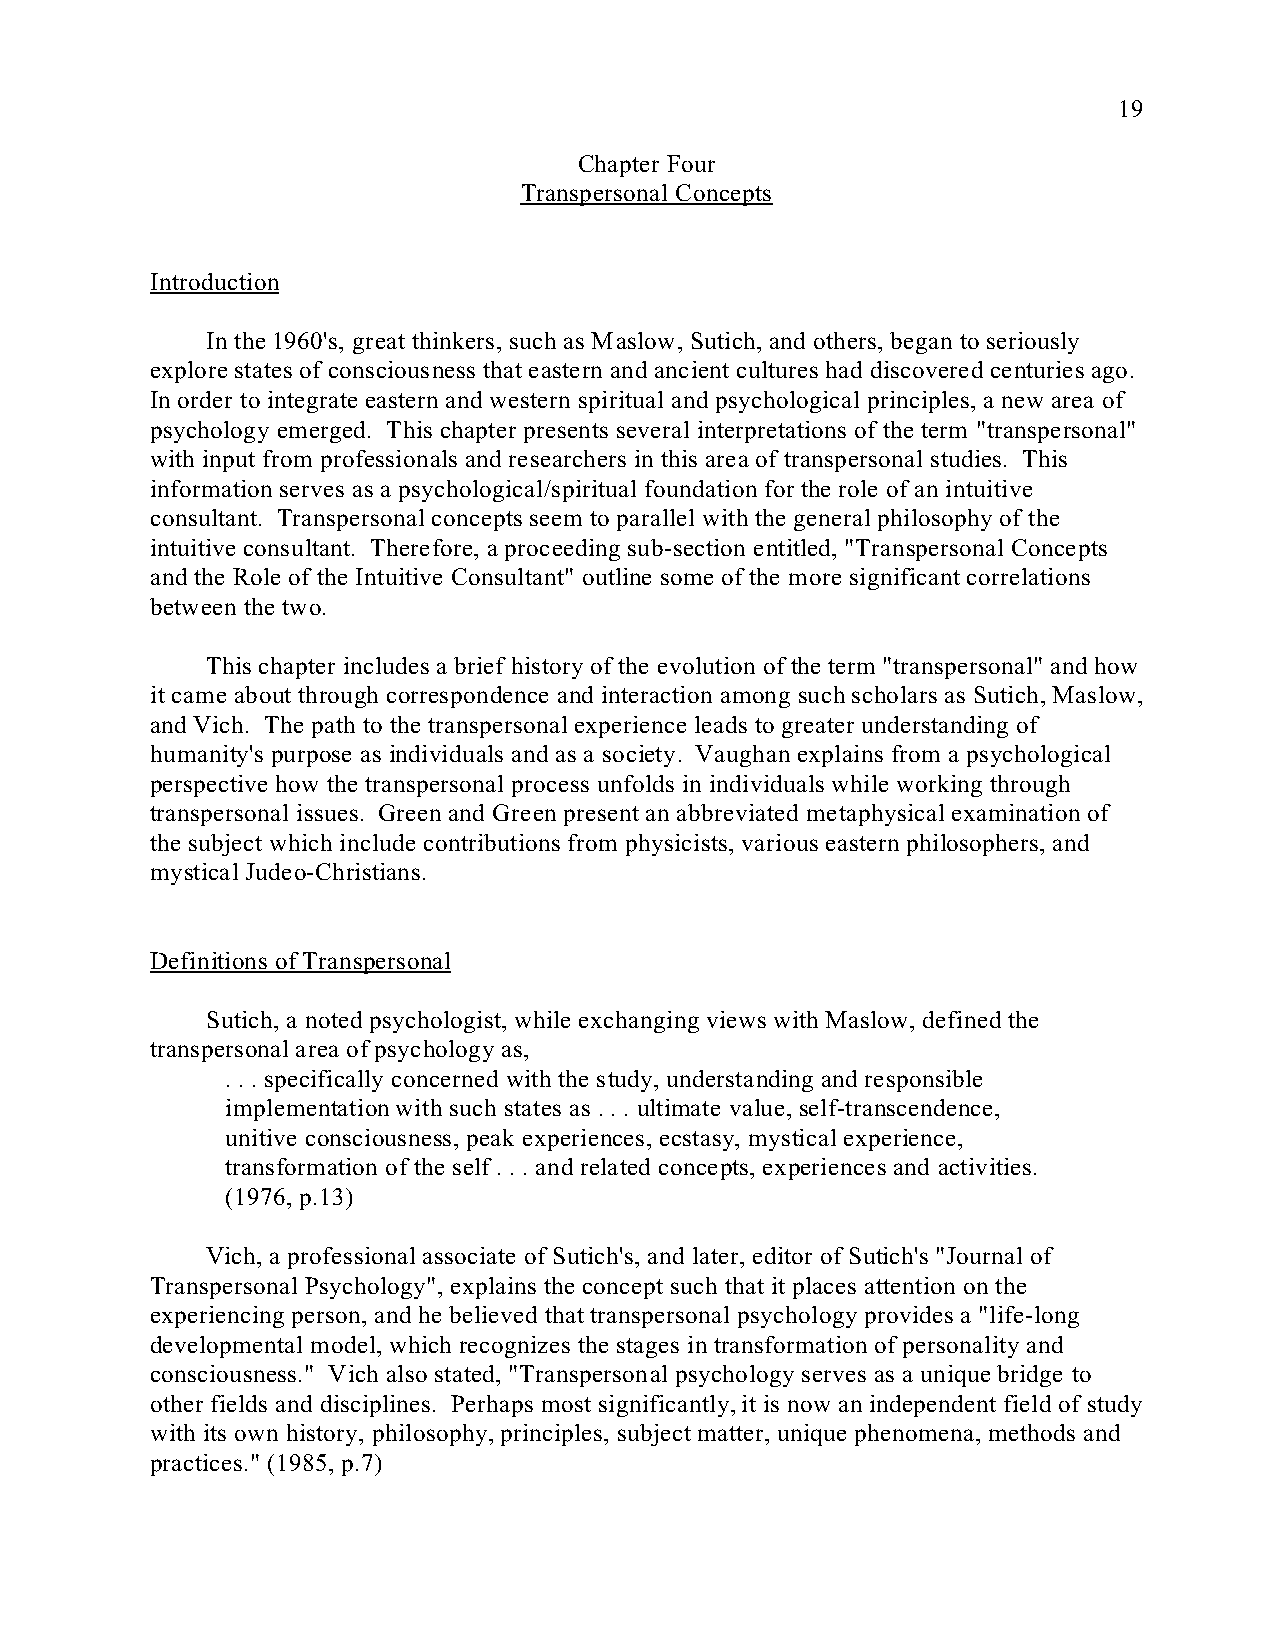
19
 Chapter Four
 Transpersonal Concepts
 Introduction
 In the 1960's, great thinkers, such as Maslow, Sutich, and others, began to seriously
 explore states of consciousness that eastern and ancient cultures had discovered centuries ago.
 In order to integrate eastern and western spiritual and psychological principles, a new area of
 psychology emerged. This chapter presents several interpretations of the term "transpersonal"
 with input from professionals and researchers in this area of transpersonal studies. This
 information serves as a psychological/spiritual foundation for the role of an intuitive
 consultant. Transpersonal concepts seem to parallel with the general philosophy of the
 intuitive consultant. Therefore, a proceeding sub-section entitled, "Transpersonal Concepts
 and the Role of the Intuitive Consultant" outline some of the more significant correlations
 between the two.
 This chapter includes a brief history of the evolution of the term "transpersonal" and how
 it came about through correspondence and interaction among such scholars as Sutich, Maslow,
 and Vich. The path to the transpersonal experience leads to greater understanding of
 humanity's purpose as individuals and as a society. Vaughan explains from a psychological
 perspective how the transpersonal process unfolds in individuals while working through
 transpersonal issues. Green and Green present an abbreviated metaphysical examination of
 the subject which include contributions from physicists, various eastern philosophers, and
 mystical Judeo-Christians.
 Definitions of Transpersonal
 Sutich, a noted psychologist, while exchanging views with Maslow, defined the
 transpersonal area of psychology as,
 . . . specifically concerned with the study, understanding and responsible
 implementation with such states as . . . ultimate value, self-transcendence,
 unitive consciousness, peak experiences, ecstasy, mystical experience,
 transformation of the self . . . and related concepts, experiences and activities.
 (1976, p.13)
 Vich, a professional associate of Sutich's, and later, editor of Sutich's "Journal of
 Transpersonal Psychology", explains the concept such that it places attention on the
 experiencing person, and he believed that transpersonal psychology provides a "life-long
 developmental model, which recognizes the stages in transformation of personality and
 consciousness." Vich also stated, "Transpersonal psychology serves as a unique bridge to
 other fields and disciplines. Perhaps most significantly, it is now an independent field of study
 with its own history, philosophy, principles, subject matter, unique phenomena, methods and
 practices." (1985, p.7)